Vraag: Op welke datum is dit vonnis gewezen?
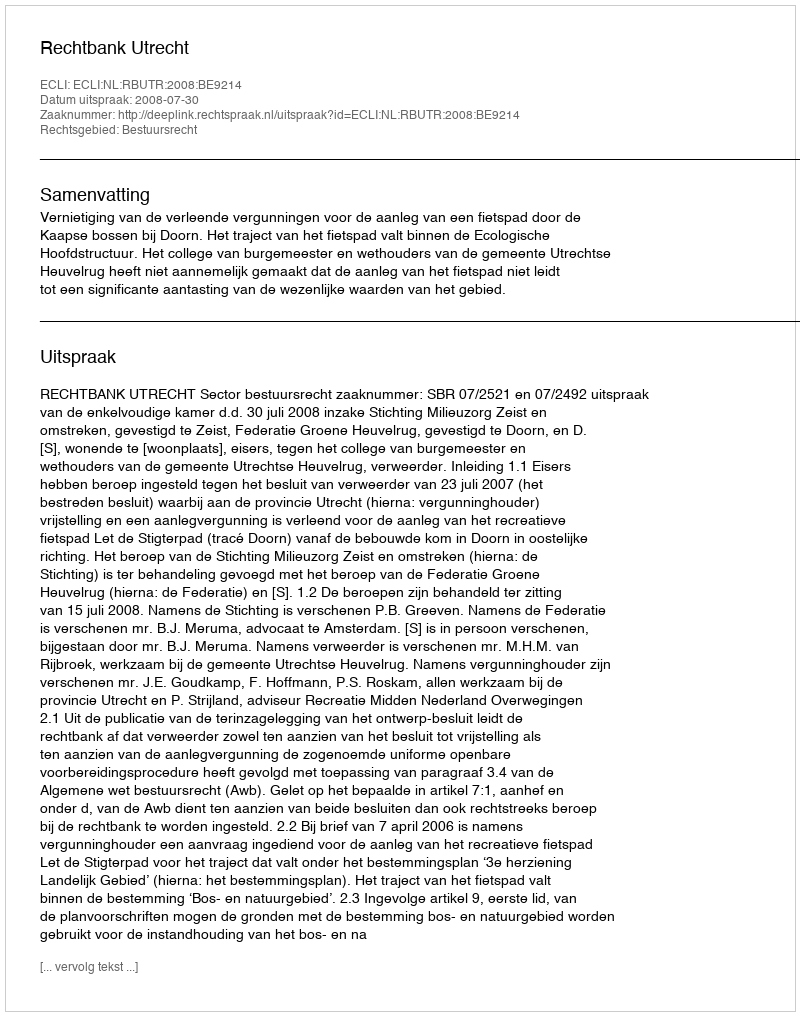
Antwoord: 2008-07-30